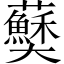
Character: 𫰅